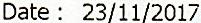
DATE : 23/11/2017